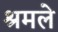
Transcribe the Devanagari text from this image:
श्रमले